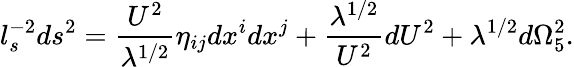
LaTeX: l_{s}^{-2}ds^{2}={\frac{U^{2}}{\lambda^{1/2}}}\eta_{ij}dx^{i}dx^{j}+{\frac{\lambda^{1/2}}{U^{2}}}dU^{2}+\lambda^{1/2}d\Omega_{5}^{2}.